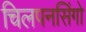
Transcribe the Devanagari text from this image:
चिलपनसिंगो